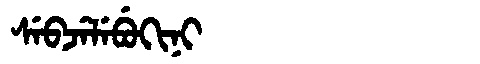
Manchu: ᠰᡝᠪᠵᡝᠯᡝᠪᡠᡴᡳᠨᡳ
Romanization: SEBJELEBUKINI